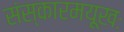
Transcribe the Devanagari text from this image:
संस्कारमयूखः